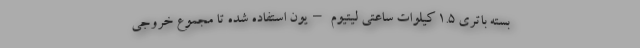
بسته باتری 1.5 کیلوات ساعتی لیتیوم –یون استفاده شده تا مجموع خروجی